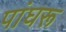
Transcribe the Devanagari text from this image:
पांघरू